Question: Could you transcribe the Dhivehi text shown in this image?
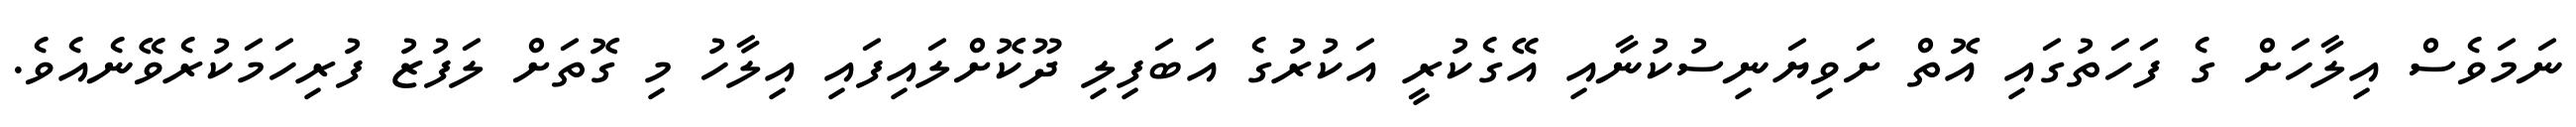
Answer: ނަމަވެސް އިލާހަށް ގެ ފަހަތުގައި އޮތް ށަވިޔަނިސުކުނާއި އޭގެކުރީ އަކުރުގެ އަބަފިލި ދޫކޮށްލައިފައި އިލާހު މި ގޮތަށް ލަފުޒު ފުރިހަމަކުރެވޭނެއެވެ.